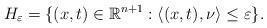
LaTeX: \begin{align*}H_\varepsilon=\{(x,t)\in\mathbb{R}^{n+1}:\langle(x,t),\nu\rangle\leq\varepsilon\}.\end{align*}